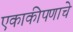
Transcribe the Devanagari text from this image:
एकाकीपणाचे